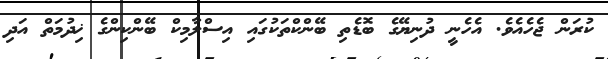
ކުރަން ޖެހެއެވެ. އެހެނީ ދުނިޔޭގެ ބޮޑެތި ބޭންކްތަކުގައި އިސްލާމިކް ބޭންކިންގެ ޚިދުމަތް އަދި